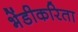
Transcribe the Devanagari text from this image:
भेंडीकरिता